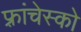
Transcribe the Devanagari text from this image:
फ़्रांचेस्को